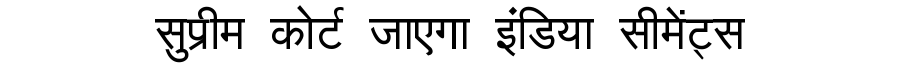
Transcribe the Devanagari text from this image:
सुप्रीम कोर्ट जाएगा इंडिया सीमेंट्स